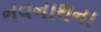
નવનાથના